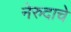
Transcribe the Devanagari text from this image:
नेरुदाचे